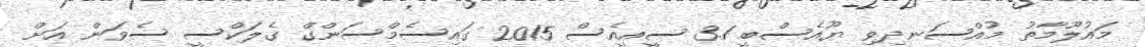
މައުލޫމާތު މުއްސަނދިވި ޔޫއެސްބީ 3.1 ސީއީއެސް 2015 ގައިސެމްސަންގް ގެލަކްސީ ސެވަން އަށް